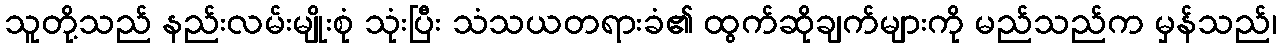
သူတို့သည် နည်းလမ်းမျိုးစုံ သုံးပြီး သံသယတရားခံ၏ ထွက်ဆိုချက်များကို မည်သည်က မှန်သည်၊